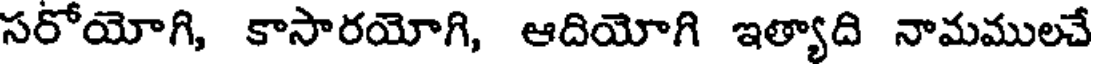
సరోయోగి, కాసారయోగి, ఆదియోగి ఇత్యాది నామములచే